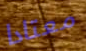
معتادا